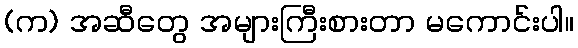
(က) အဆီတွေ အများကြီးစားတာ မကောင်းပါ။